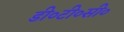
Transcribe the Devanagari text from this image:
डी०टी०सी०